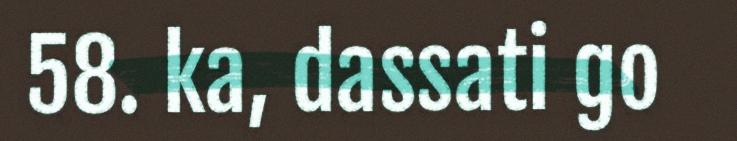
58. ka, dassati go